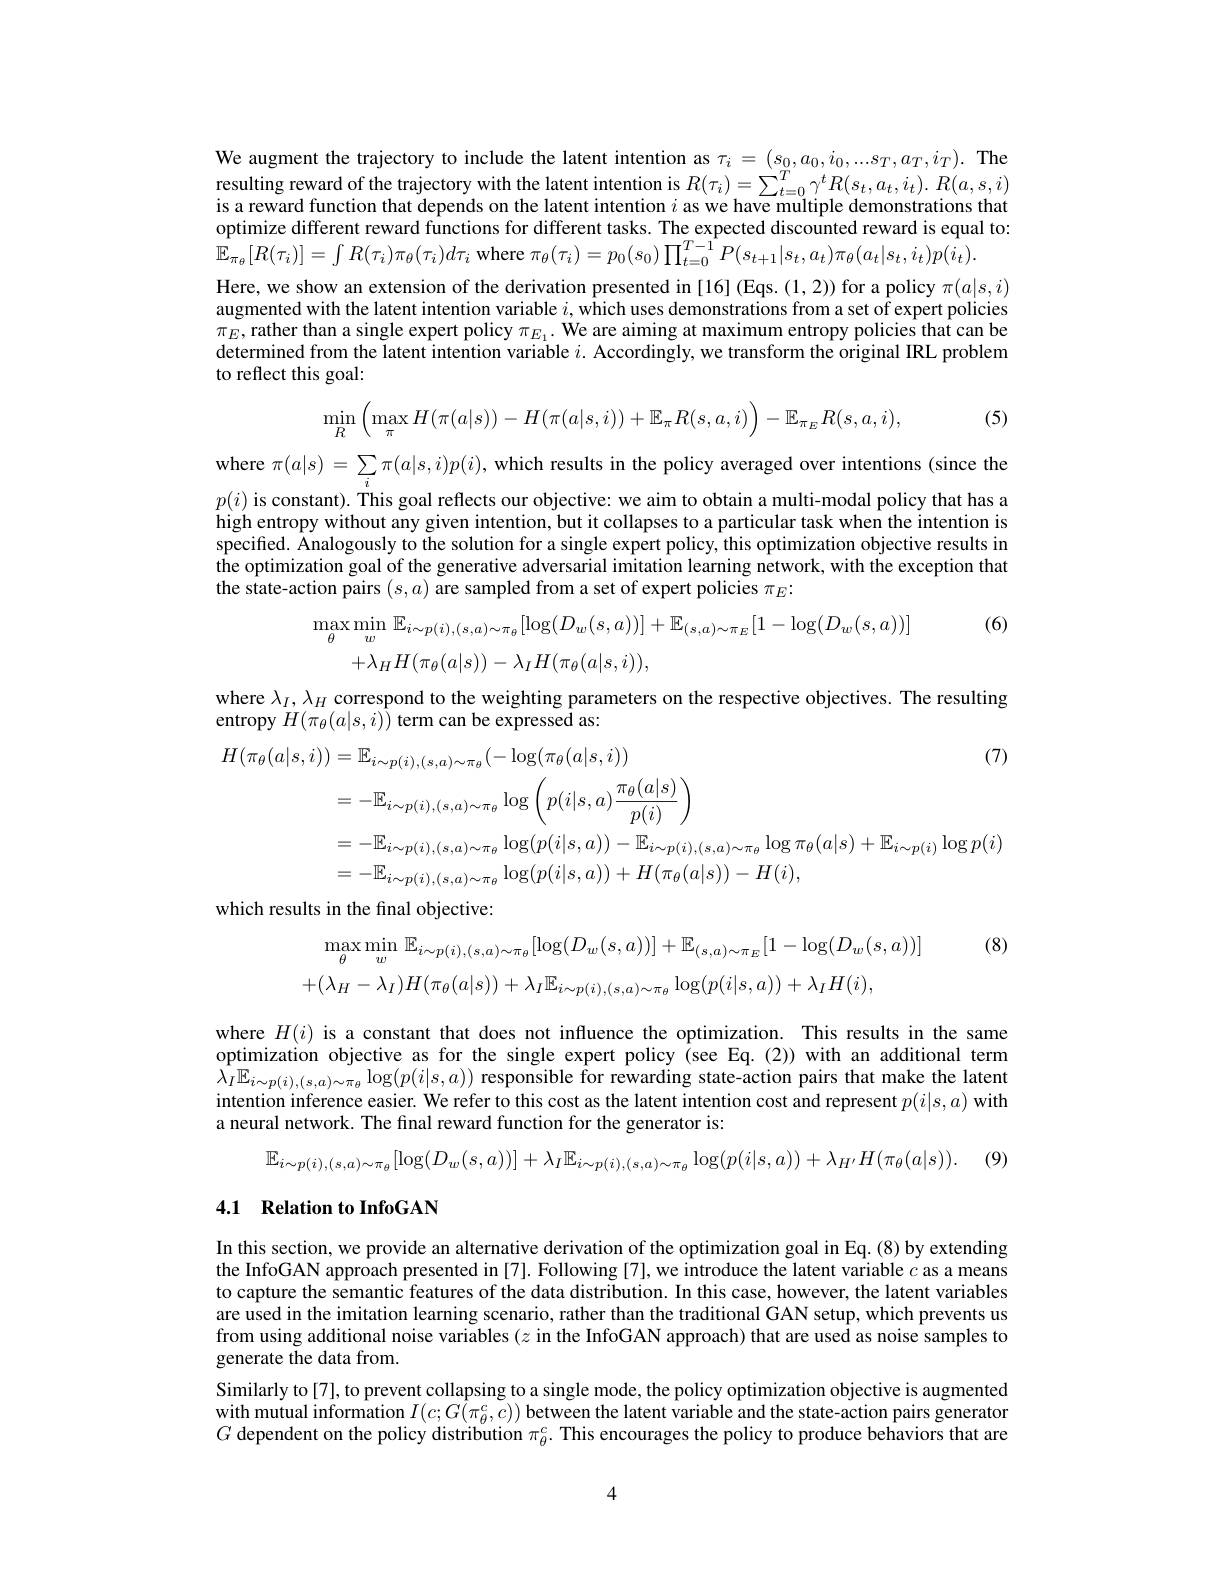
We augment the trajectory to include the latent intention as $\tau_i=(s_0,a_0,i_0,...s_T,a_T,i_T).$ The resulting reward of the trajectory with the latent intention is $R(\tau_{i})=\sum_{t=0}^{T}\gamma^{t}R(s_{t},a_{t},i_{t}).R(a,s,i)$ is a reward function that depends on the latent intention $i$ as we have multiple demonstrations that optimize different reward functions for different tasks. The expected discounted reward is equal to: $\hat{\mathbb{E}}_{\pi_{\theta}}[R(\tau_{i})]=\int R(\tau_{i})\pi_{\theta}(\tau_{i})d\tau_{i}$ where $\pi_{\theta}(\tau_{i})=p_{0}(s_{0})\prod_{t=0}^{T-1}P(s_{t+1}|s_{t},a_{t})\pi_{\theta}(a_{t}|s_{t},i_{t})p(\hat{i}_{t}).$
Here, we show an extension of the derivation presented in [16] (Eqs.(1,2)) for a policy $\pi(a|s,i)$ augmented with the latent intention variable $i,\bar{\text{whichuses demonstrations from a set of expert policies}}$ $\pi_E$,rather than a single expert policy $\pi_E_1.$ We are aiming at maximum entropy policies that can be determined from the latent intention variable $i.$ Accordingly, we transform the original IRL problem to reflect this goal:

(5)
$$\min\limits_{R}\left(\max\limits_{\pi}H(\pi(a|s))-H(\pi(a|s,i))+\mathbb{E}_{\pi}R(s,a,i)\right)-\mathbb{E}_{\pi_{E}}R(s,a,i),$$
where $\pi(a|s)=\sum_i\pi(a|s,i)p(i)$, which results in the policy averaged over intentions (since the $p(i)$ is constant). This goal reflects our objective: we aim to obtain a multi-modal policy that has a high entropy without any given intention, but it collapses to a particular task when the intention is specified. Analogously to the solution for a single expert policy, this optimization objective results in the optimization goal of the generative adversarial imitation learning network, with the exception that the state-action pairs $(s,a)$ are sampled from a set of expert policies $\pi_E:$

(6)
$$\begin{aligned}\max_{\theta}\operatorname*{min}_{w}&\mathbb{E}_{i\sim p(i),(s,a)\sim\pi_{\theta}}[\log(D_{w}(s,a))]+\mathbb{E}_{(s,a)\sim\pi_{E}}[1-\log(D_{w}(s,a))]\\&+\lambda_{H}H(\pi_{\theta}(a|s))-\lambda_{I}H(\pi_{\theta}(a|s,i)),\end{aligned}$$
where $\lambda_I,\lambda_H$ correspond to the weighting parameters on the respective objectives. The resulting
entropy $H(\pi_\theta(a|s,i))$ term can be expressed as:
$$\begin{aligned}H(\pi_{\theta}(a|s,i))&=\mathbb{E}_{i\sim p(i),(s,a)\sim\pi_{\theta}}(-\log(\pi_{\theta}(a|s,i)))&\text{(7)}\\&=-\mathbb{E}_{i\sim p(i),(s,a)\sim\pi_{\theta}}\log\left(p(i|s,a)\frac{\pi_{\theta}(a|s)}{p(i)}\right)\\&=-\mathbb{E}_{i\sim p(i),(s,a)\sim\pi_{\theta}}\log(p(i|s,a))-\mathbb{E}_{i\sim p(i),(s,a)\sim\pi_{\theta}}\log\pi_{\theta}(a|s)+\mathbb{E}_{i\sim p(i)}\log p(i)\\&=-\mathbb{E}_{i\sim p(i),(s,a)\sim\pi_{\theta}}\log(p(i|s,a))+H(\pi_{\theta}(a|s))-H(i),\end{aligned}$$
which results in the final objective:

(8)
$$\max_{\theta}\operatorname*{min}_{w}\mathbb{E}_{i\sim p(i),(s,a)\sim\pi_{\theta}}[\log(D_{w}(s,a))]+\mathbb{E}_{(s,a)\sim\pi_{E}}[1-\log(D_{w}(s,a))]\\+(\lambda_{H}-\lambda_{I})H(\pi_{\theta}(a|s))+\lambda_{I}\mathbb{E}_{i\sim p(i),(s,a)\sim\pi_{\theta}}\log(p(i|s,a))+\lambda_{I}H(i),$$
where $H(i)$ is a constant that does not influence the optimization. This results in the same optimization objective as for the single expert policy (see Eq.(2)) with an additional term $\hat{\lambda } _{I}\mathbb{E} _{i\sim p( i) , ( s, a) \sim \pi _{\theta }}\log ( p( i| s, a) )$ responsible for rewarding state- action pairs that make the latent int $\text{int}_{i=1}^{-1}$ intention inference easier. We refer to this cost as the latent intention cost and represent $p(i|s,a)$ with a neural network. The final reward function for the generator is:

$\mathbb{E} _{i\sim p( i) , ( s, a) \sim \pi _{\theta }}[ \log ( D_{w}( s, a) ) ] + \lambda _{I}\mathbb{E} _{i\sim p( i) , ( s, a) \sim \pi _{\theta }}\log ( p( i| s, a) ) + \lambda _{H^{\prime }}H( \pi _{\theta }( a| s) ) .$ (9)

### 4.1 $\textbf{Relation to InfoGAN}$

In this section, we provide an alternative derivation of the optimization goal in Eq. (8) by extending the InfoGAN approach presented in [7]. Following [7], we introduce the latent variable $c$ as a means to capture the semantic features of the data distribution. In this case, however, the latent variables are used in the imitation learning scenario, rather than the traditional GAN setup, which prevents us from using additional noise variables $(z$ in the InfoGAN approach) that are used as noise samples to generate the data from.
Similarly to[7], to prevent collapsing to a single mode, the policy optimization objective is augmented with mutual information $I( c; G( \pi _{\theta }^{c}, c) )$ between the latent variable and the state- action pairs generator with mutual information $I( c; G( \pi _{\theta }^{c}, c) )$ between the latent variable and the state- actio state- action pairs generator $G$ dependent on the policy distribution $\pi_\theta^c.$ This encourages the policy to produce behaviors that are

4